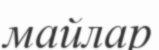
майлар